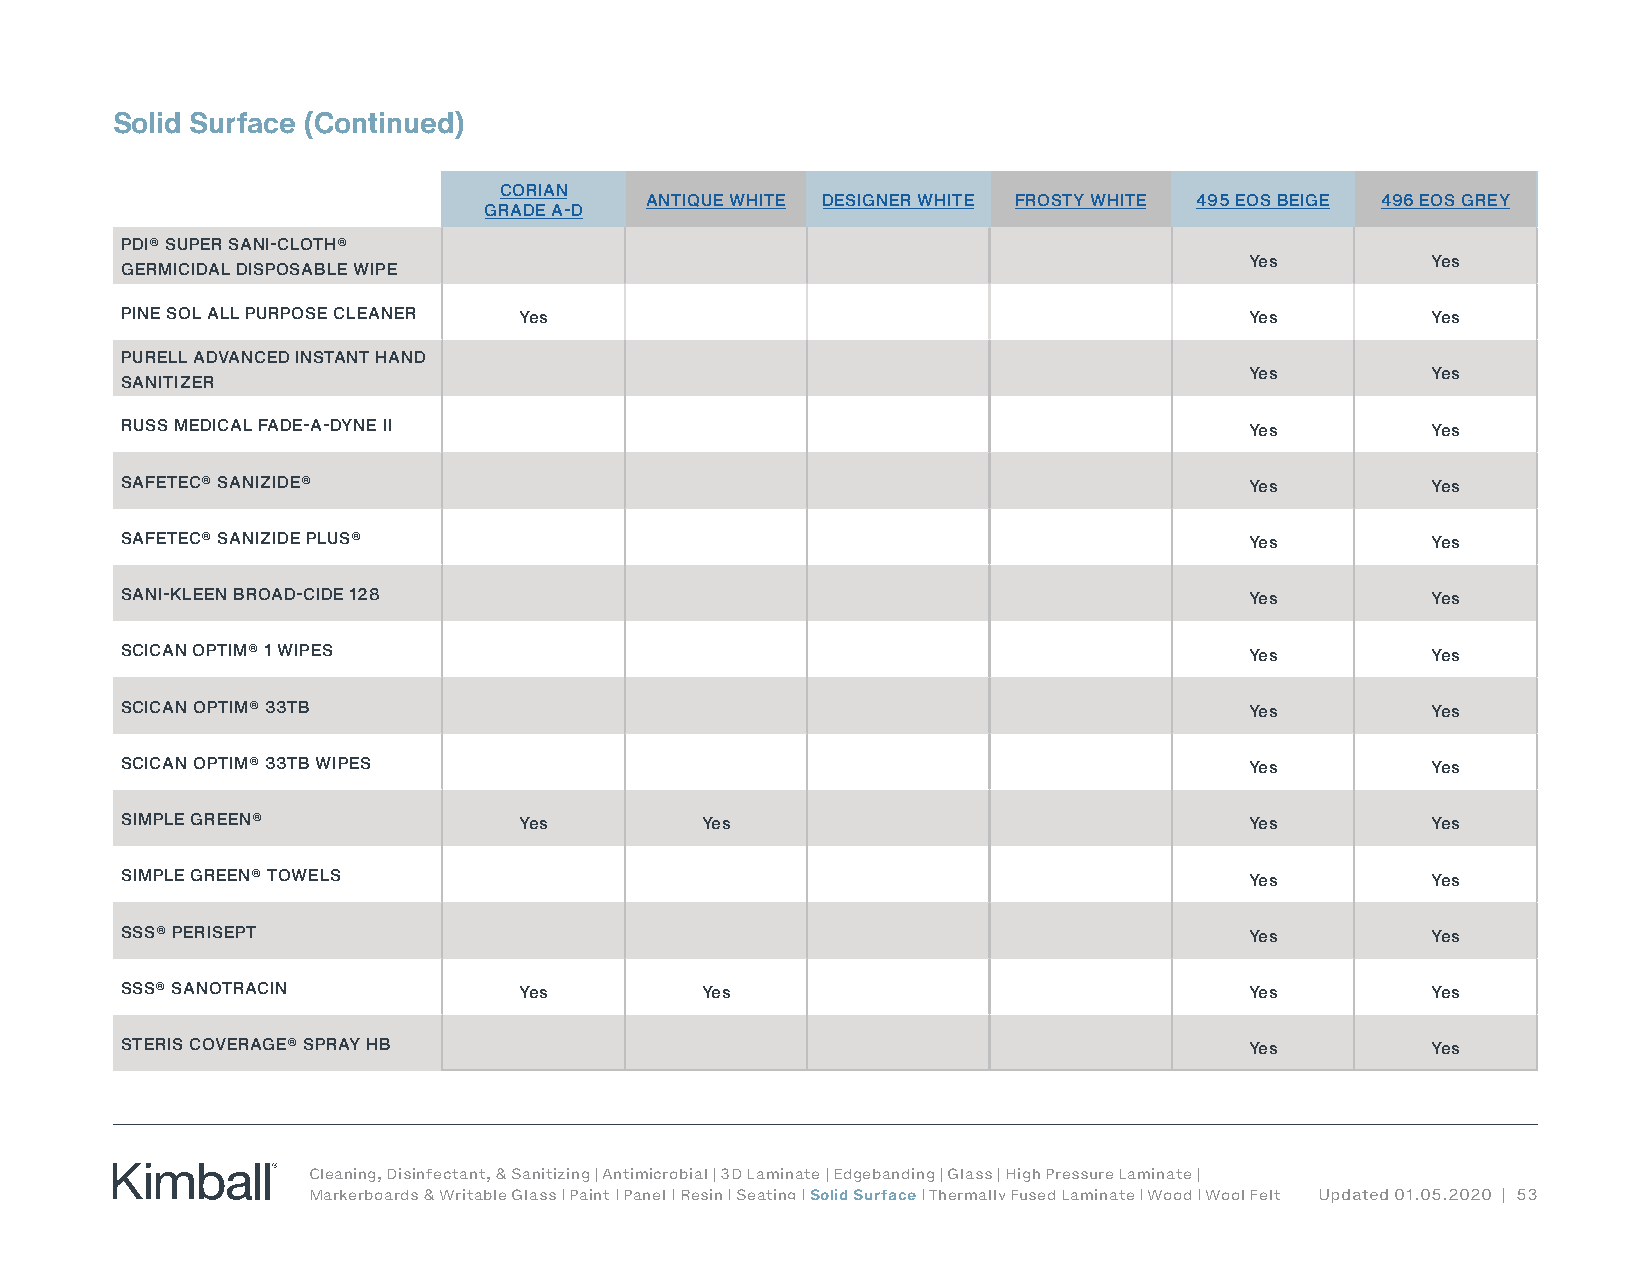
Solid Surface (Continued)
 CORIAN
 ANTIQUE WHITE DESIGNER WHITE FROSTY WHITE 495 EOS BEIGE 496 EOS GREY
 GRADE A-D
 PDI® SUPER SANI-CLOTH®
 Yes         Yes
 GERMICIDAL DISPOSABLE WIPE
 PINE SOL ALL PURPOSE CLEANER Yes                                           Yes         Yes
 PURELL ADVANCED INSTANT HAND
 Yes         Yes
 SANITIZER
 RUSS MEDICAL FADE-A-DYNE II                                                Yes         Yes
 SAFETEC® SANIZIDE®                                                         Yes         Yes
 SAFETEC® SANIZIDE PLUS®                                                    Yes         Yes
 SANI-KLEEN BROAD-CIDE 128                                                  Yes         Yes
 SCICAN OPTIM® 1 WIPES                                                      Yes         Yes
 SCICAN OPTIM® 33TB                                                         Yes         Yes
 SCICAN OPTIM® 33TB WIPES                                                   Yes         Yes
 SIMPLE GREEN®             Yes         Yes                                  Yes         Yes
 SIMPLE GREEN® TOWELS                                                       Yes         Yes
 SSS® PERISEPT                                                              Yes         Yes
 SSS® SANOTRACIN           Yes         Yes                                  Yes         Yes
 STERIS COVERAGE® SPRAY HB                                                  Yes         Yes
 Cleaning, Disinfectant, & Sanitizing | Antimicrobial | 3D Laminate | Edgebanding | Glass | High Pressure Laminate |
 Markerboards & Writable Glass | Paint | Panel | Resin | Seating | Solid Surface | Thermally Fused Laminate | Wood | Wool Felt Updated 01.05.2020 | 53